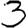
Digit: 3